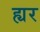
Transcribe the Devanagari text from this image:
ह्यर